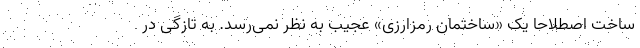
ساخت اصطلاحا یک «ساختمان رمزارزی» عجیب به نظر نمی‌رسد. به تازگی در